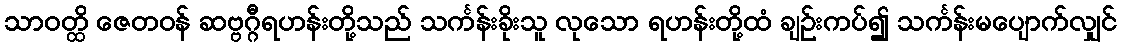
သာဝတ္ထိ ဇေတဝန် ဆဗ္ဗဂ္ဂီရဟန်းတို့သည် သင်္ကန်းခိုးသူ လုသော ရဟန်းတို့ထံ ချဉ်းကပ်၍ သင်္ကန်းမပျောက်လျှင်